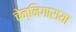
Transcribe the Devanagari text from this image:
चेन्निगाराया